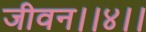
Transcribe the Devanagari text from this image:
जीवन।।४।।